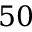
5 0